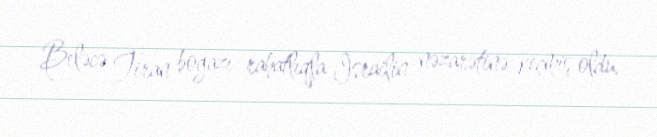
Beləcə Tiran boğazı rahatlıqla İsrailin nəzarətinə keçmiş oldu.